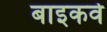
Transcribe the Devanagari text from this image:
बाइकवे